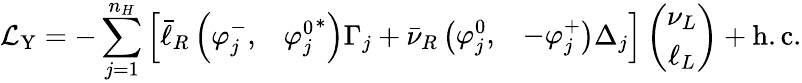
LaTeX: \mathcal{L}_{\mathrm{Y}}=-\sum_{j=1}^{n_{H}}\left[\bar{\ell}_{R}\left(\begin{array}{cc}{{\varphi_{j}^{-},}}&{{{\varphi_{j}^{0}}^{\ast}}}\end{array}\right)\Gamma_{j}+\bar{\nu}_{R}\left(\begin{array}{cc}{{\varphi_{j}^{0},}}&{{-\varphi_{j}^{+}}}\end{array}\right)\Delta_{j}\right]\left(\begin{array}{c}{{\nu_{L}}}\\ {{\ell_{L}}}\end{array}\right)+\mathrm{h.c.}